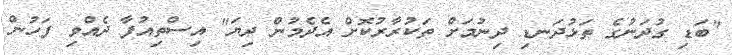
"ބަޑި ގުދަނުގެ ތަޅުދަނޑި ދިނުމަށް ތަކުރާރުކޮށް އެދެމުން ދިޔަ" އިސްތިއުފާ ދެއްވި ފަހުން